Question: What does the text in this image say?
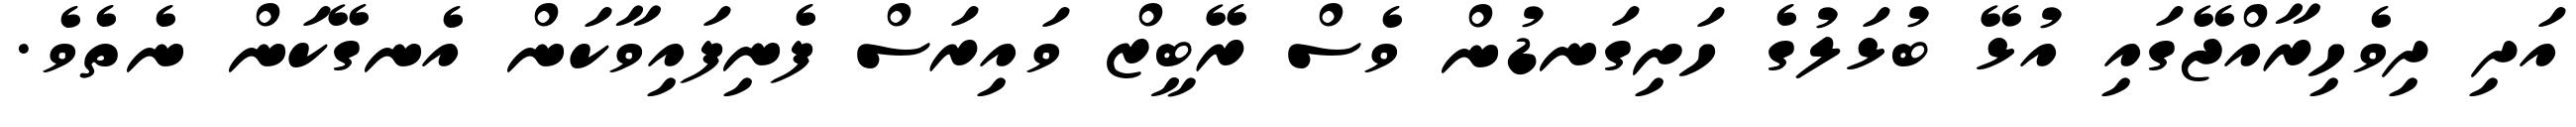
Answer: އަދި ދިވެހިރާއްޖޭގައި އުޅޭ ބުޅަލުގެ ހަށިގަނޑުން ވެސް ރޭބީޒް ވައިރަސް ފެނިފައިވާކަން އެނގޭކަން ނެތެވެ.